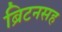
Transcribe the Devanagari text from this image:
ब्रिटनसह